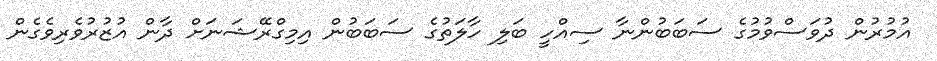
އުމުރުން ދުވަސްވުމުގެ ސަބަބުންނާ ސިއްހީ ބަލި ހާލަތުގެ ސަބަބުން އިމިގްރޭޝަނަށް ދާން އުޒުރުވެރިވެގެން